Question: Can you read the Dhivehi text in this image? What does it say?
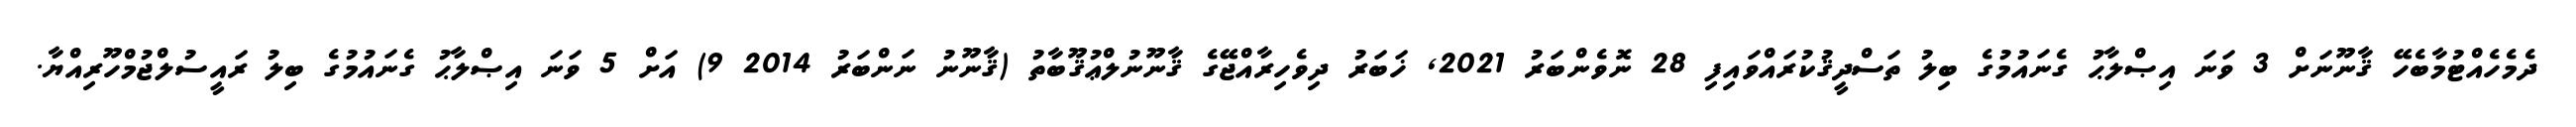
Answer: ދެމެހެއްޓުމާބެހޭ ޤާނޫނަށް 3 ވަނަ އިޞްލާޙު ގެނައުމުގެ ބިލު ތަސްދީޤުކުރައްވައިފި 28 ނޮވެންބަރު 2021, ޚަބަރު ދިވެހިރާއްޖޭގެ ޤާނޫނުލްޢުޤޫބާތު (ޤާނޫނު ނަންބަރު 2014 9) އަށް 5 ވަނަ އިޞްލާޙު ގެނައުމުގެ ބިލު ރައީސުލްޖުމްހޫރިއްޔާ.